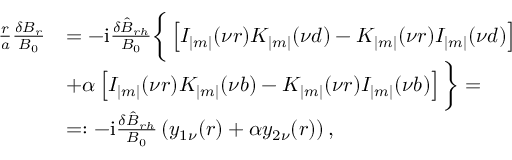
\begin{array} { r } { \begin{array} { r l } { \frac { r } { a } \frac { \delta B _ { r } } { B _ { 0 } } } & { = - \mathrm { i } \frac { \delta \hat { B } _ { r h } } { B _ { 0 } } \bigg \{ \left[ I _ { | m | } ( \nu r ) K _ { | m | } ( \nu d ) - K _ { | m | } ( \nu r ) I _ { | m | } ( \nu d ) \right] } \\ & { + \alpha \left[ I _ { | m | } ( \nu r ) K _ { | m | } ( \nu b ) - K _ { | m | } ( \nu r ) I _ { | m | } ( \nu b ) \right] \bigg \} = } \\ & { = : - \mathrm { i } \frac { \delta \hat { B } _ { r h } } { B _ { 0 } } \left( y _ { 1 \nu } ( r ) + \alpha y _ { 2 \nu } ( r ) \right) , } \end{array} } \end{array}